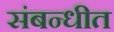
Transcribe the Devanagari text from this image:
संबन्धीत